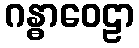
ဂန္ဓာဝေဠာ